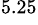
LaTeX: ^{5.25}